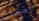
تضييع